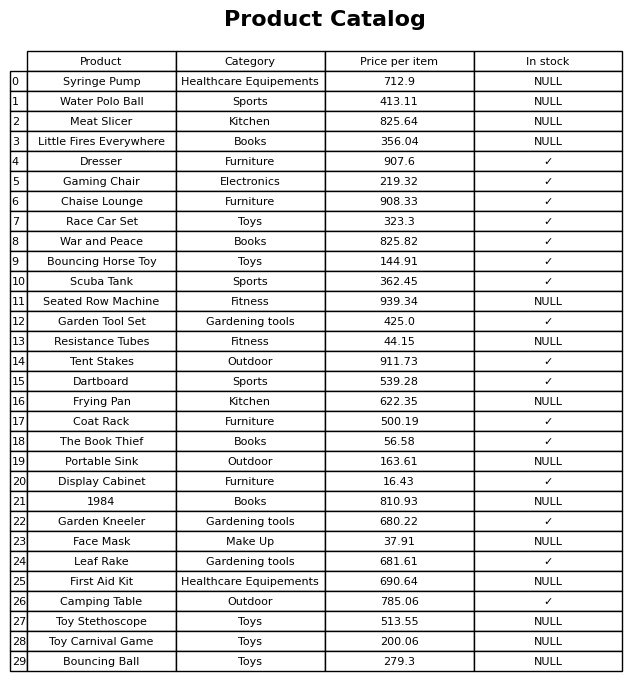
question: What is the price for Dresser?
answer: The price of Dresser is 907.6.